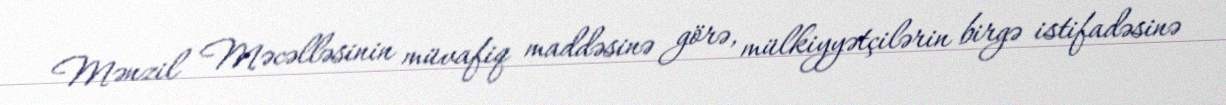
Mənzil Məcəlləsinin müvafiq maddəsinə görə, mülkiyyətçilərin birgə istifadəsinə